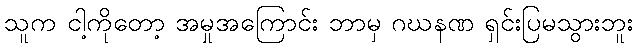
သူက ငါ့ကိုတော့ အမှုအကြောင်း ဘာမှ ဂဃနဏ ရှင်းပြမသွားဘူး